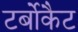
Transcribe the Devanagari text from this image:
टर्बोकैट